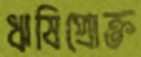
ঋষিপ্রোক্ত